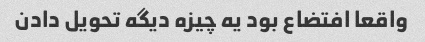
واقعا افتضاع بود یه چیزه دیگه تحویل دادن